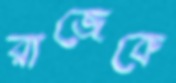
রাজেকে